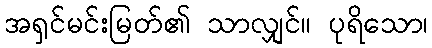
အရှင်မင်းမြတ်၏ သာလျှင်။ ပုရိသော၊